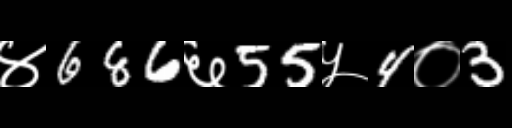
Text: ४686६55५4०3